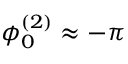
\phi _ { 0 } ^ { ( 2 ) } \approx - \pi